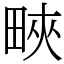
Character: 㽠